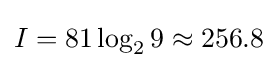
I=81\log _{2}9\approx 256.8